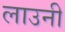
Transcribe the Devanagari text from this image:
लाउनी